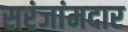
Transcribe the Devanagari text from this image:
सरंजांमदार